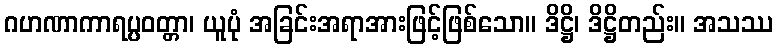
ဂဟဏာကာရပ္ပဝတ္တာ၊ ယူပုံ အခြင်းအရာအားဖြင့်ဖြစ်သော။ ဒိဋ္ဌိ၊ ဒိဋ္ဌိတည်း။ အသဿ